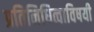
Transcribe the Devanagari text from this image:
प्रतिनिधित्वाविषयी